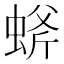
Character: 䗄